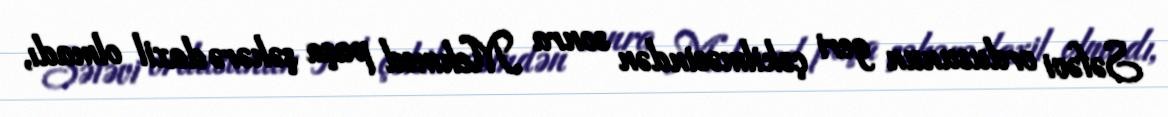
Səfəvi ordusunun geri çəkilməsindən sonra Mehmed paşa şəhərə daxil olmadı,